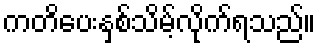
ကတိပေးနှစ်သိမ့်လိုက်ရသည်။